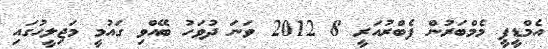
އެމްޑީޕީ މެމްބަރުން ފެބްރުއަރީ 8 2012 ވަނަ ދުވަހު ބޭއްވި ގައުމީ މަޖިލީހުގައި